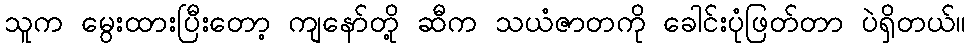
သူက မွေးထားပြီးတော့ ကျနော်တို့ ဆီက သယံဇာတကို ခေါင်းပုံဖြတ်တာ ပဲရှိတယ်။